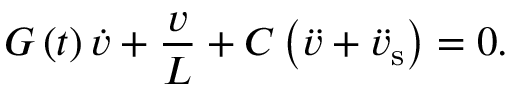
G \left( t \right) \dot { v } + \frac { v } { L } + C \left( \ddot { v } + \ddot { v } _ { \mathrm { s } } \right) = 0 .